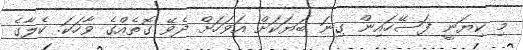
މި ކިޔަނީ ފަސޭހައިން ގިނަ ބަޔަކަށް އަވަހަށް ދެވޭ ގޮތެއްގެ ވާހަކަ. ކެލާގެ